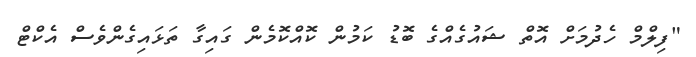
"ފިލްމް ހެދުމަށް އޮތް ޝައުގެއްގެ ބޮޑު ކަމުން ކޮއްކޮމެން ގައިގާ ތަޅައިގެންވެސް އެކްޓް